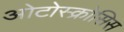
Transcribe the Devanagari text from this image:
ओटोस्क्रोसिस